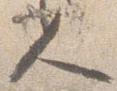
人